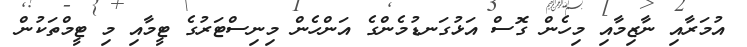
އުމަރާއި ނާޒިމާއި މިހެން ގޮސް އަޅުގަނޑުމެންގެ އަންހެން މިނިސްޓަރުގެ ޓީމާއި މި ޓީމްތަކުން